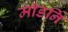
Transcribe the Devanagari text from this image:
मॉडर्नि